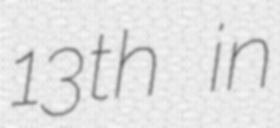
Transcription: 13th in